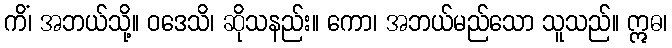
ကိံ၊ အဘယ်သို့။ ဝဒေသိ၊ ဆိုသနည်း။ ကော၊ အဘယ်မည်သော သူသည်။ ဣဓ၊